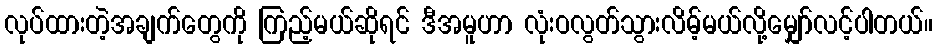
လုပ်ထားတဲ့အချက်တွေကို ကြည့်မယ်ဆိုရင် ဒီအမူဟာ လုံးဝလွတ်သွားလိမ့်မယ်လို့မျှော်လင့်ပါတယ်။